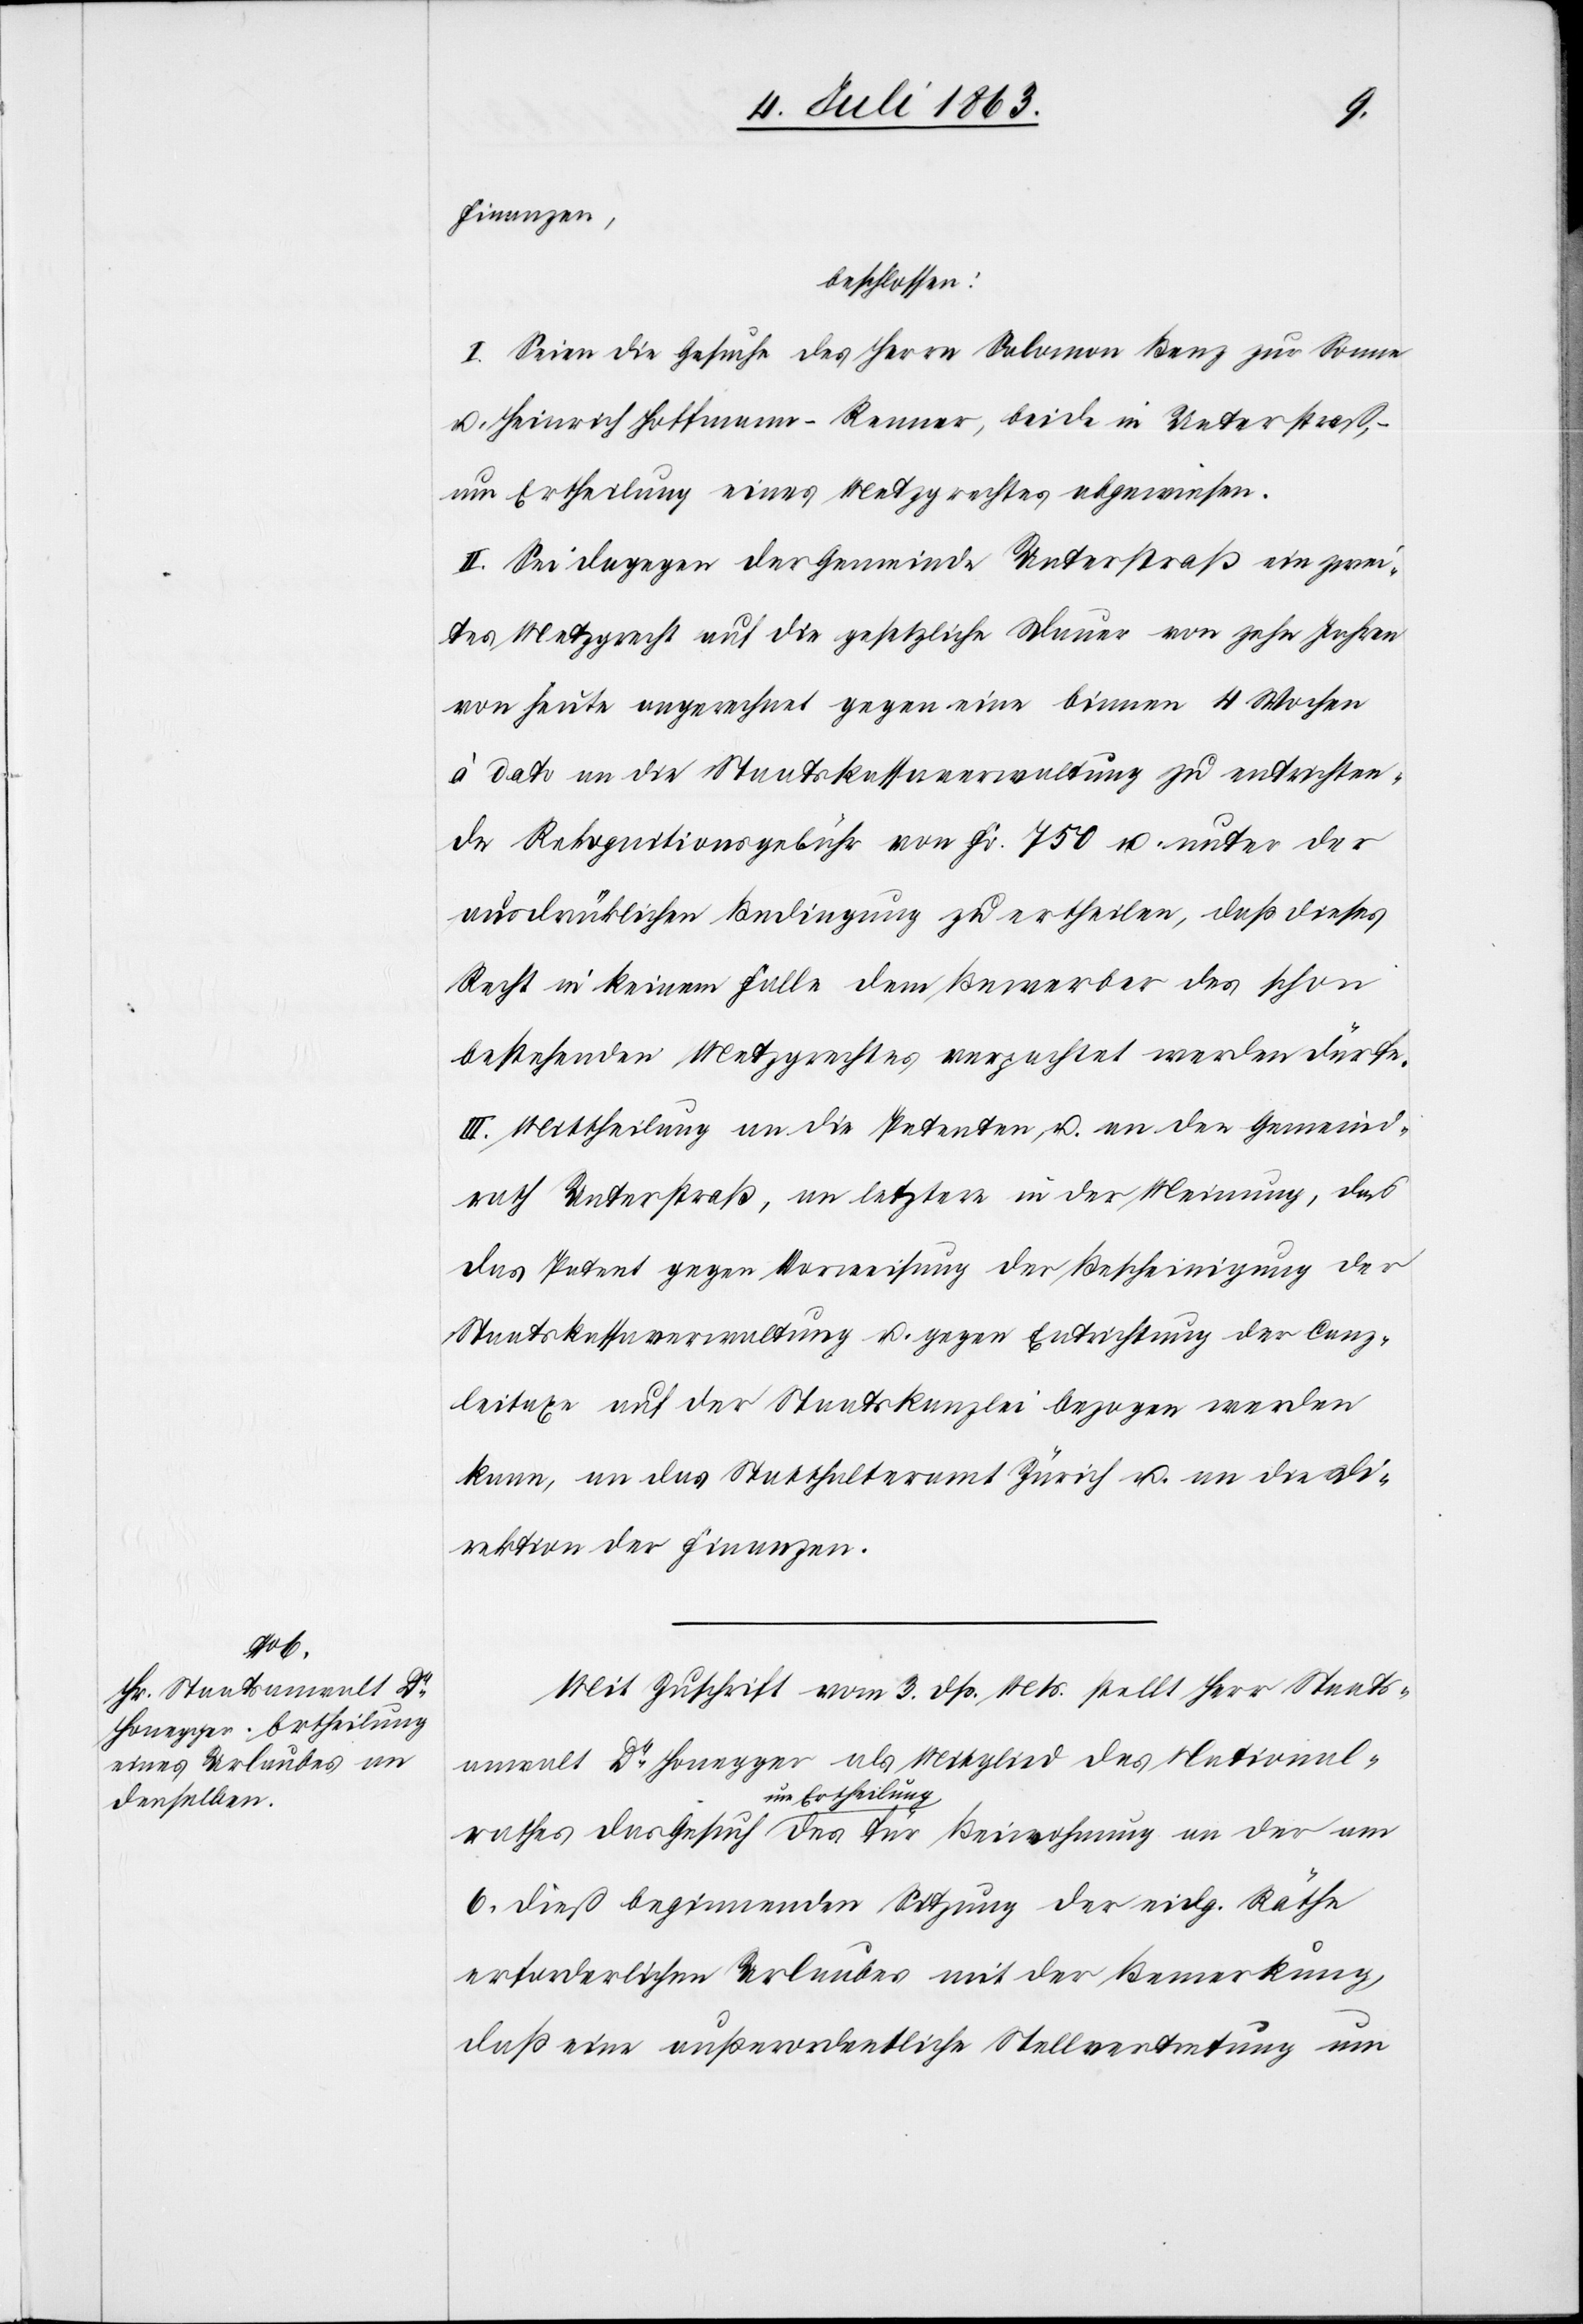
rathes

Finanzen,
beschlossen:
I. Seien die Gesuche des Herrn Salomon Benz zur Sonne
u. Heinrich Hoffmann-Renner, beide in Unterstraß,
um Ertheilung eines Metzgrechtes abgewiesen.
II. Sei dagegen der Gemeinde Unterstraß ein zwei¬
tes Metzgrecht auf die gesetzliche Dauer von zehn Jahren
von heute angerechnet gegen eine binnen 4 Wochen
à dato an die Staatskassaverwaltung zu entrichten¬
de Rekognitionsgebühr von Fr. 750 u. unter der
ausdrücklichen Bedingung zu ertheilen, daß dieses
Recht in keinem Falle dem Bewerber des schon
bestehenden Metzgrechtes verpachtet werden dürfe.
III. Mittheilung an die Petenten u. an den Gemeind¬
rath Unterstraß, an letztere in der Meinung, daß
das Patent gegen Vorweisung der Bescheinigung der
Staatskassaverwaltung u. gegen Entrichtung der Canz¬
leitaxe auf der Staatskanzlei bezogen werden
kann, an das Statthalteramt Zürich u. an die Di¬
rektion der Finanzen.
Mit Zuschrift vom 3. dß. Mts. stellt Herr Staats¬
anwalt Dr Honegger als Mitglied des National¬
a-um Ertheilung-a
6. dieß beginnenden Sitzung der eidg. Räthe
erforderlichen Urlaubes mit der Bemerkung,
daß eine außerordentliche Stellvertretung um